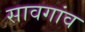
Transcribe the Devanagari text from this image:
सावगांव